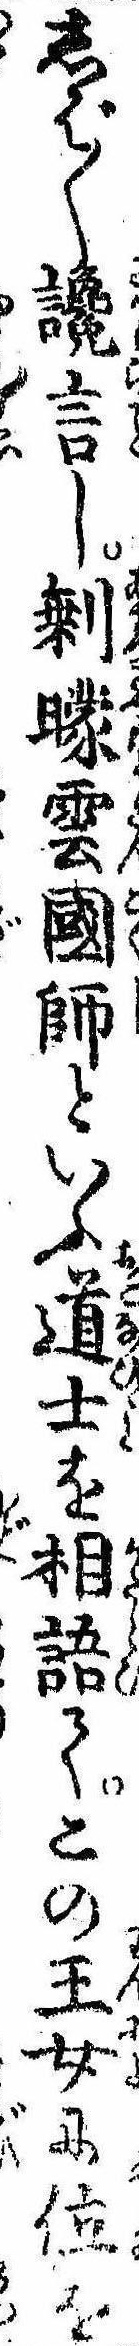
しば〱讒言し剰曚雲国師といふ道士を相語てこの王女に位を